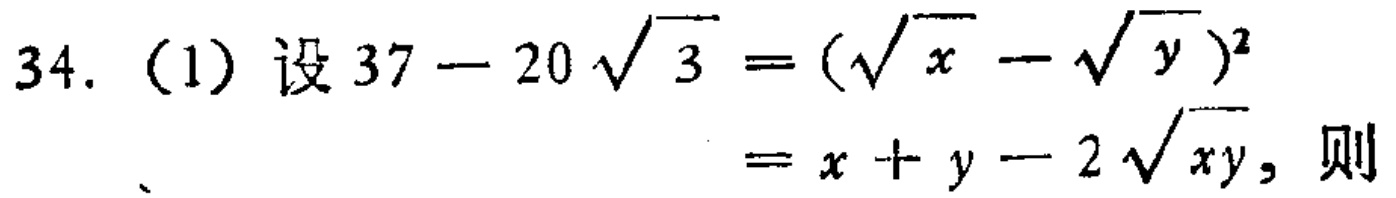
34. (1) 设 \(37 - 20\sqrt{3}=(\sqrt{x}-\sqrt{y})^2=x + y-2\sqrt{xy}\)，则